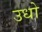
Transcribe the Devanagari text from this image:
उधो